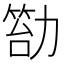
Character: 𠢙